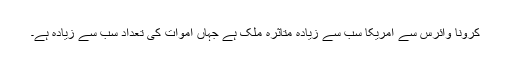
کرونا وائرس سے امریکا سب سے زیادہ متاثرہ ملک ہے جہاں اموات کی تعداد سب سے زیادہ ہے۔